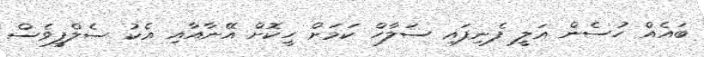
ބައެއް ހުސެން އަލީ ފެނިފައި ސަލާހް ކަމަށް ހީކޮށް އޭނާއާއި އެކު ސެލްފީވެސް